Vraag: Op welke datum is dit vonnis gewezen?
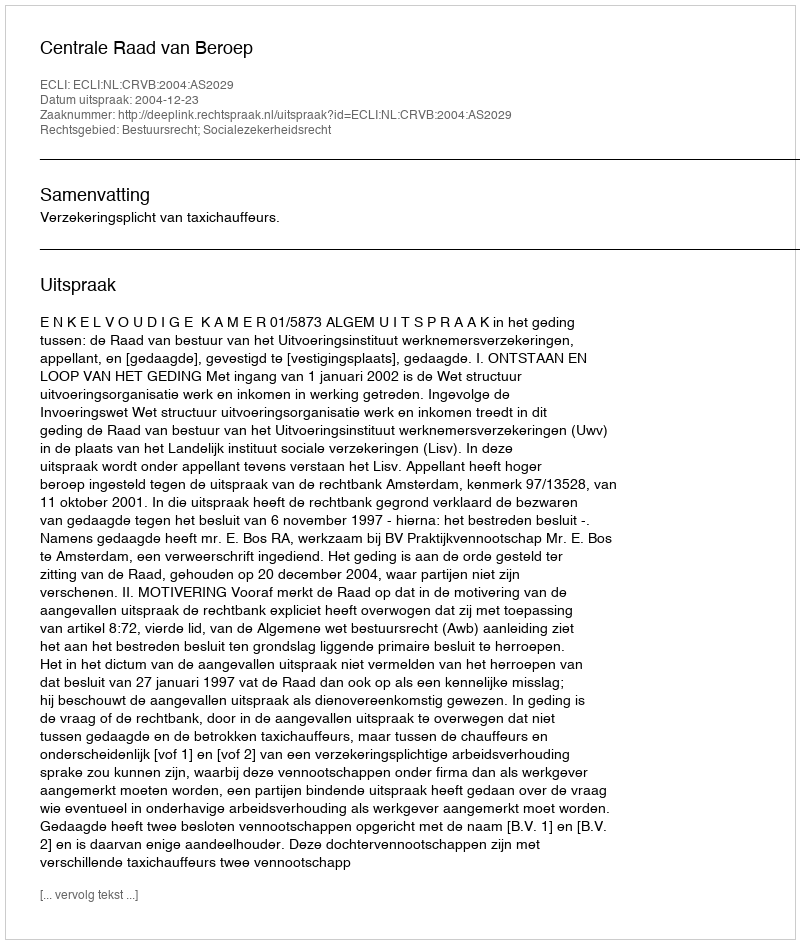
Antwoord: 2004-12-23